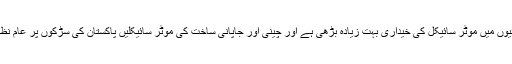
گذشتہ دہائیوں میں موٹر سائیکل کی خیداری بہت زیادہ بڑھی ہے اور چینی اور جاپانی ساخت کی موٹر سائیکلیں پاکستان کی سڑکوں پر عام نظر آتی ہیں۔